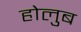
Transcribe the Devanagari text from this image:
होलुब